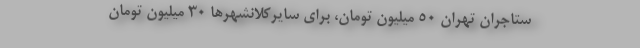
ستاجران تهران ۵۰ میلیون تومان، برای سایرکلانشهرها ۳۰ میلیون تومان